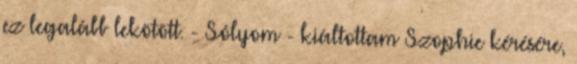
ez legalább lekötött. - Sólyom - kiáltottam Szophie kérésére,